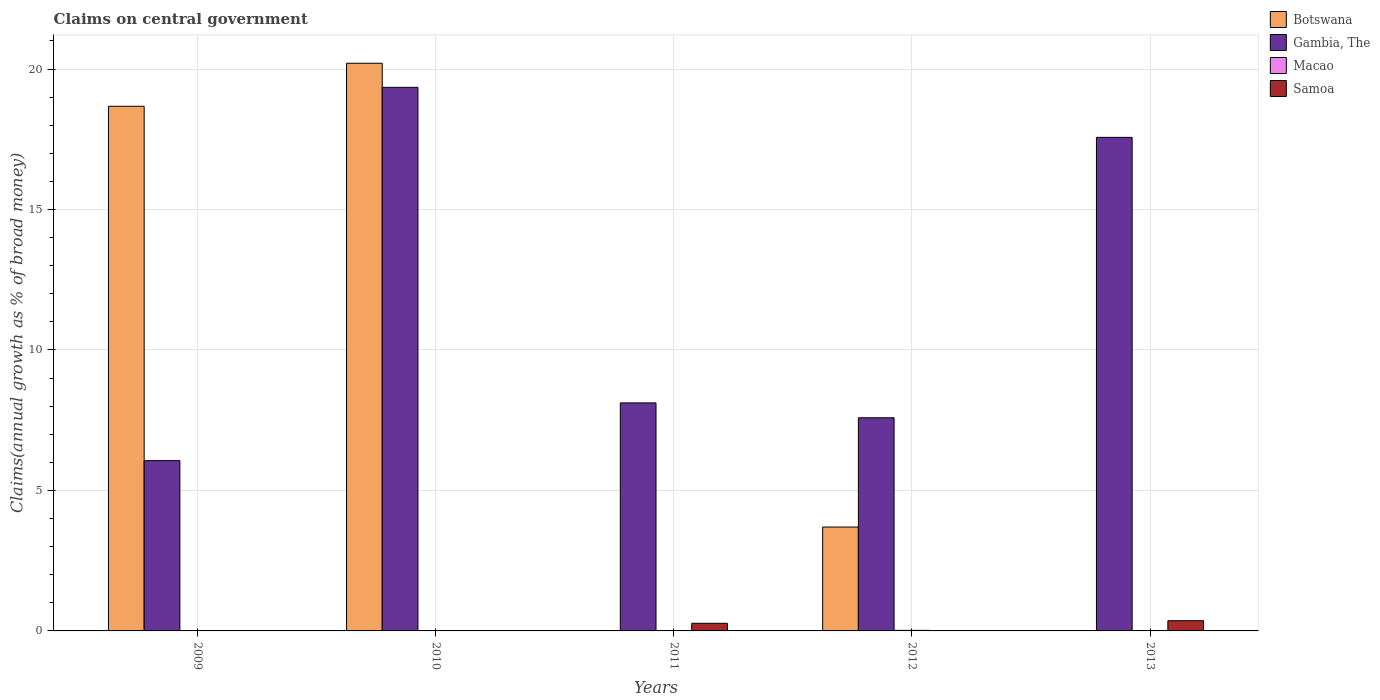
| Years | Botswana | Gambia, The | Macao | Samoa |
 | --- | --- | --- | --- | --- |
 | 2009 | 18.7 | 6.06 | -12.5 | -4.53 |
 | 2010 | 20.2 | 19.3 | -23.3 | -5.61 |
 | 2011 | -19 | 8.12 | -29.4 | 0.272 |
 | 2012 | 3.7 | 7.59 | 0.0196 | -0.0077 |
 | 2013 | -11.8 | 17.6 | -16 | 0.364 |